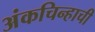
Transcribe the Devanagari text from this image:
अंकचिन्हाची